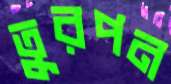
তুরপন